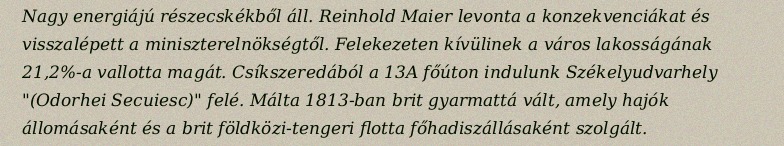
Nagy energiájú részecskékből áll. Reinhold Maier levonta a konzekvenciákat és visszalépett a miniszterelnökségtől. Felekezeten kívülinek a város lakosságának 21,2%-a vallotta magát. Csíkszeredából a 13A főúton indulunk Székelyudvarhely "(Odorhei Secuiesc)" felé. Málta 1813-ban brit gyarmattá vált, amely hajók állomásaként és a brit földközi-tengeri flotta főhadiszállásaként szolgált.